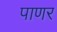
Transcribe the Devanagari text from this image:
पाणर